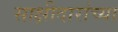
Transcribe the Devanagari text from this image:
साक्षीदारांच्या